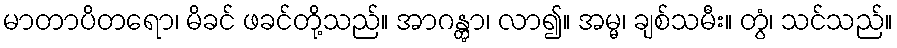
မာတာပိတရော၊ မိခင် ဖခင်တို့သည်။ အာဂန္တွာ၊ လာ၍။ အမ္မ၊ ချစ်သမီး။ တွံ၊ သင်သည်။